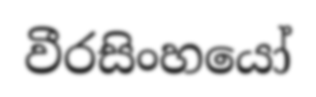
වීරසිංහයෝ